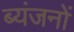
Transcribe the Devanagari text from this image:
ब्यंजनों